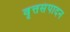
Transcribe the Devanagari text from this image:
वृत्तसंपादन